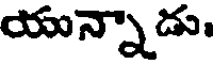
యన్నాడు.